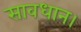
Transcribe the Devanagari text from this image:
सावधान।